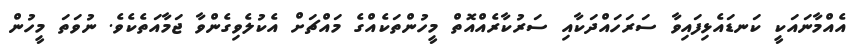
އެއްމާނައަކީ ކަނޑައެޅިފައިވާ ސަރަހައްދަކާއި ސަރުކާރެއްއޮތް މީހުންތަކެއްގެ މައްޗަށް އެކުލެވިގެންވާ ޖަމާއަތެކެވެ. ނުވަތަ މީހުން